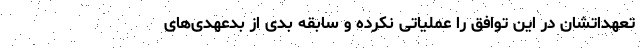
تعهداتشان در این توافق را عملیاتی نکرده‌‌ و سابقه بدی از بدعهدی‌های